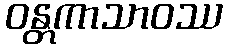
ဝန္တကာသာဝဿ